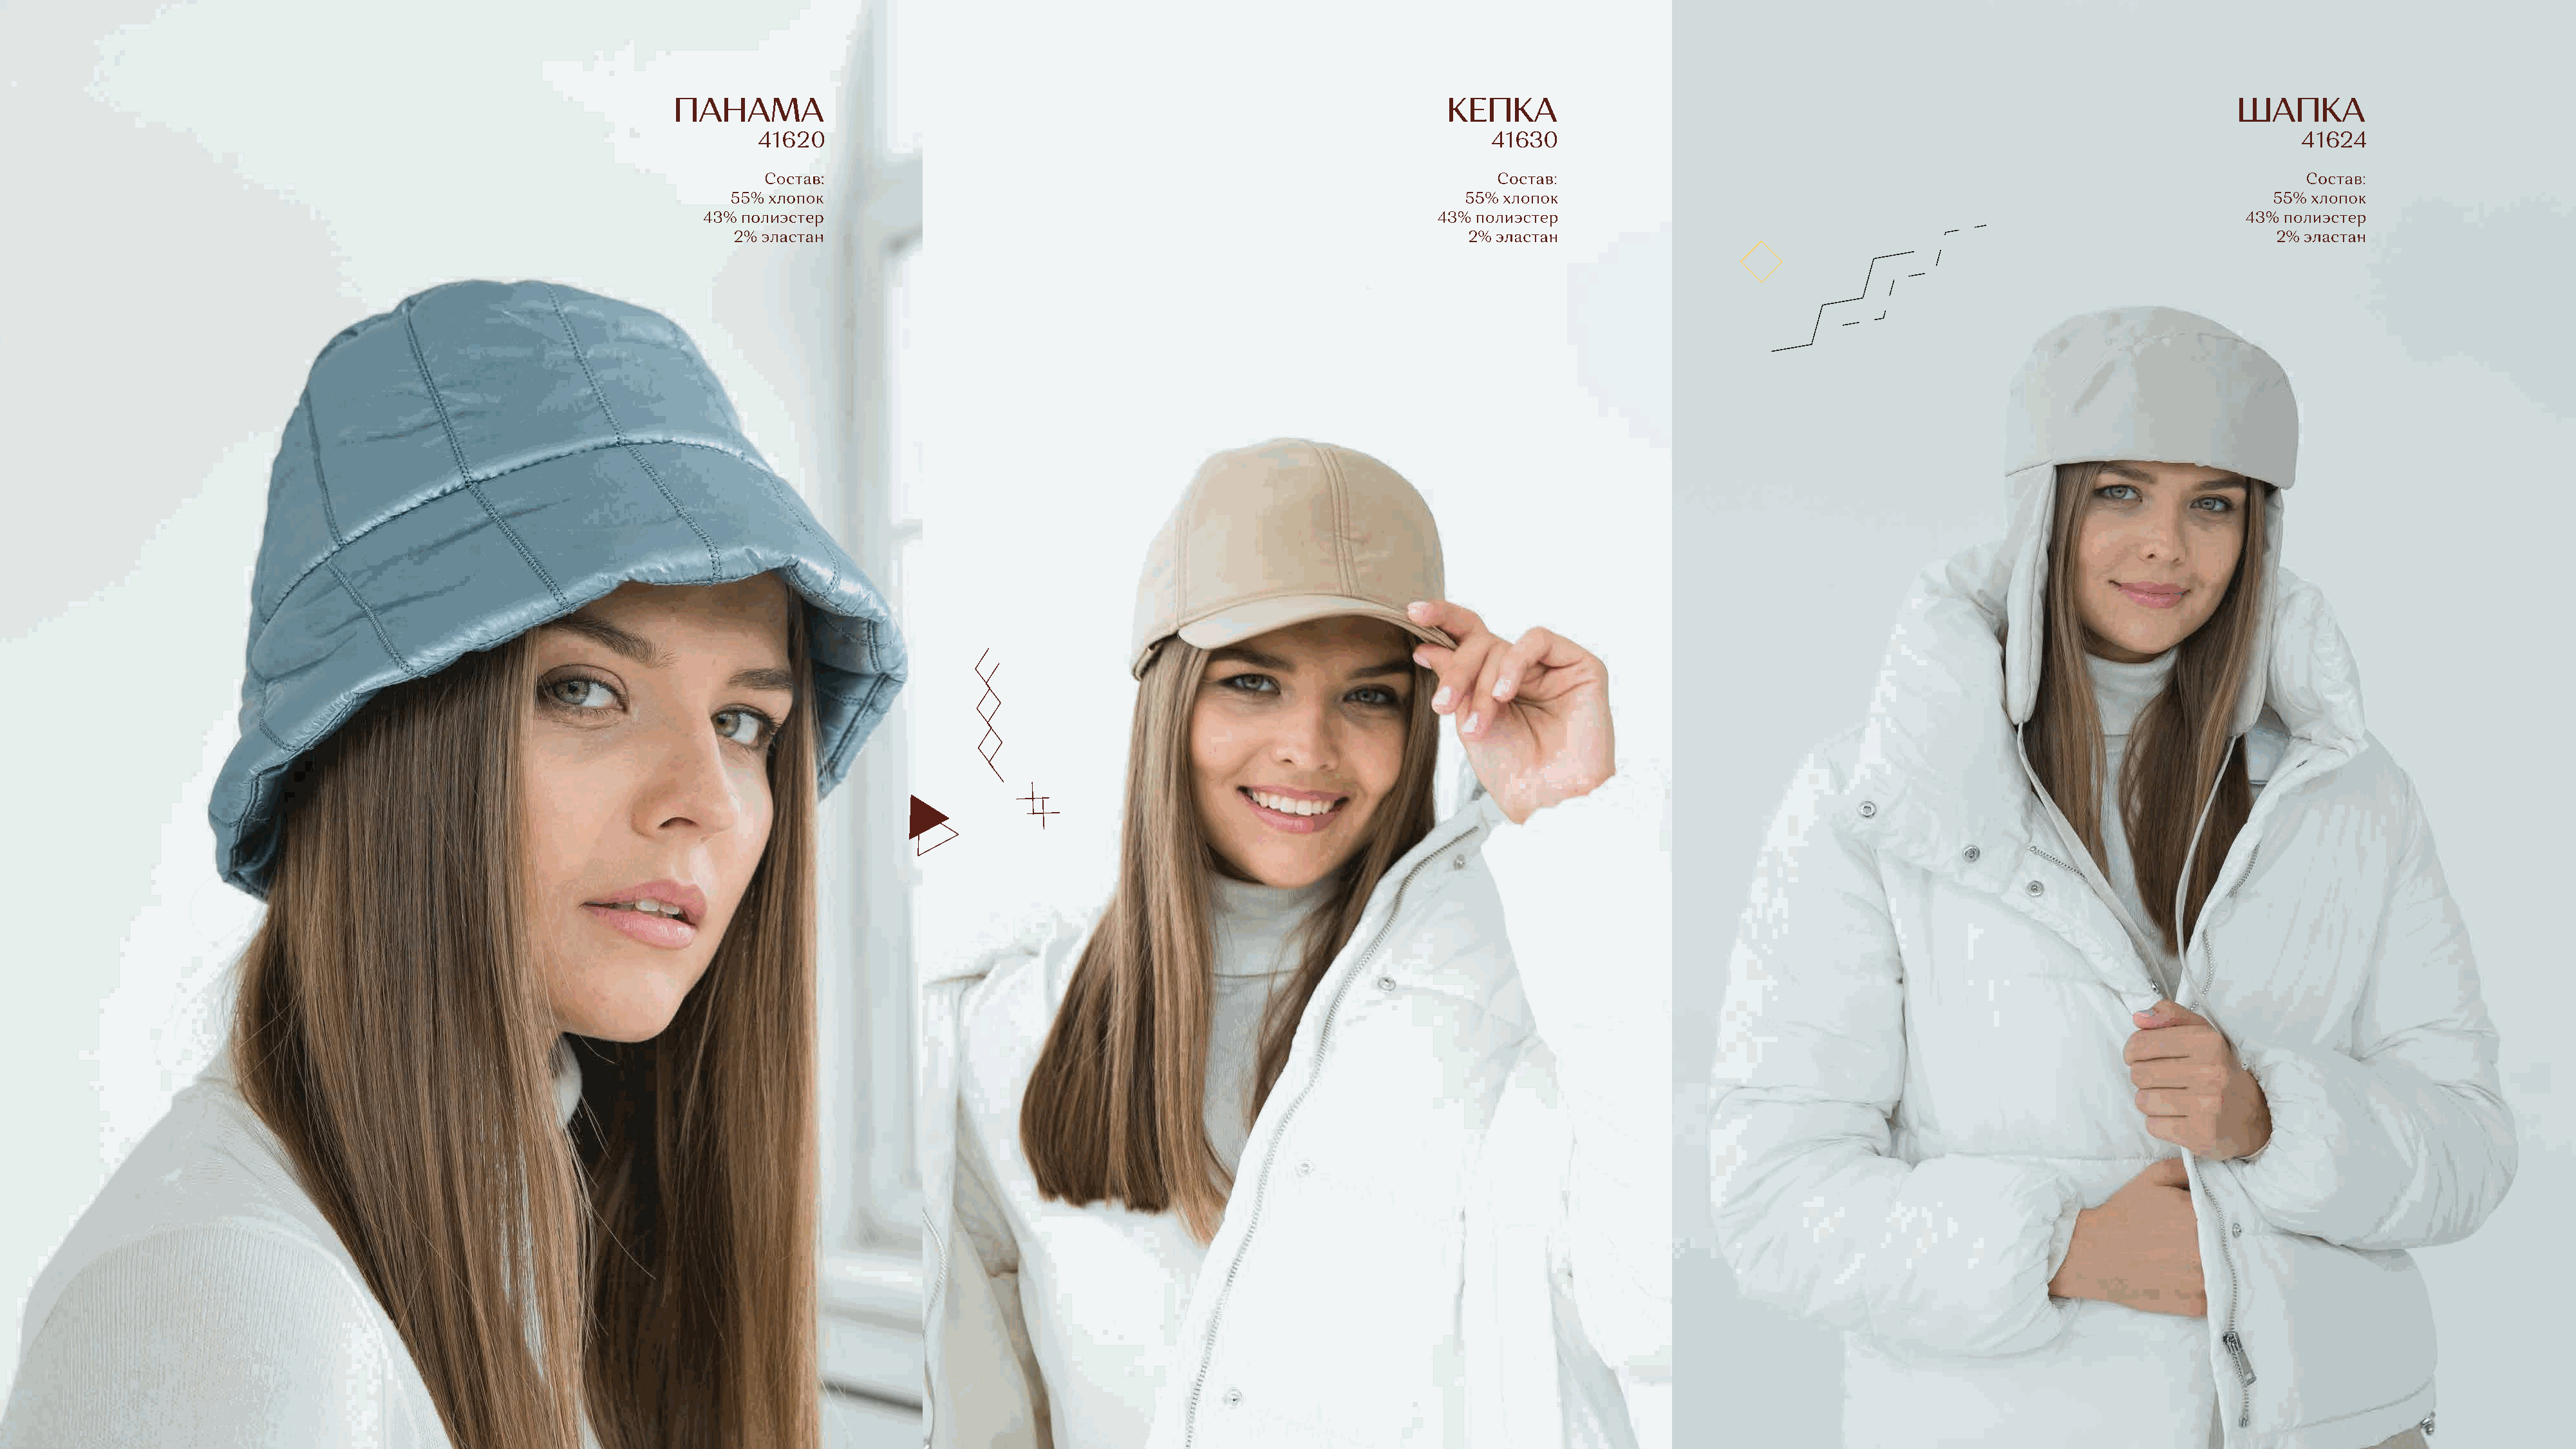
41620                                                                      41630                                                                               41624